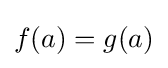
f(a)=g(a)